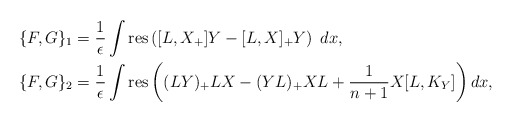
\begin{align*}&\{F,G\}_1 = \frac{1}{\epsilon} \int \mathrm{res} \left([L,X_+] Y-[L,X]_+Y\right) \; dx ,\\&\{F,G\}_2 = \frac{1}{\epsilon} \int \mathrm{res} \left( (LY)_+ LX - (YL)_+ XL + \frac{1}{n+1} X[L,K_Y] \right) dx ,\end{align*}